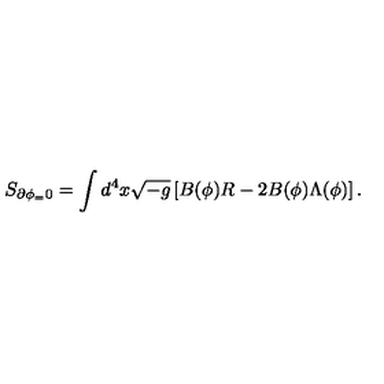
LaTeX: S _ { \partial \phi _ { = } 0 } = \int d ^ { 4 } x \sqrt { - g } \left[ B ( \phi ) R - 2 B ( \phi ) \Lambda ( \phi ) \right] .